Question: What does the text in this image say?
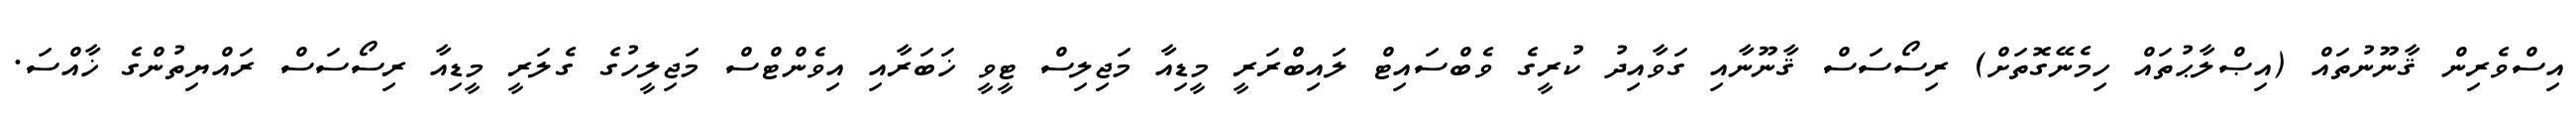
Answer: އިސްވެރިން ޤާނޫނުތައް (އިޞްލާޙުތައް ހިމެނޭގޮތަށް) ރިސޯސަސް ޤާނޫނާއި ގަވާއިދު ކުރީގެ ވެބްސައިޓް ލައިބްރަރީ މީޑިއާ މަޖިލިސް ޓީވީ ޚަބަރާއި އިވެންޓްސް މަޖިލީހުގެ ގެލަރީ މީޑިއާ ރިސޯސަސް ރައްޔިތުންގެ ޚާއްސަ.